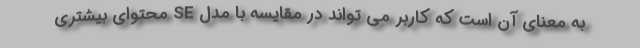
به معنای آن است که کاربر می تواند در مقایسه با مدل SE محتوای بیشتری